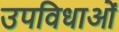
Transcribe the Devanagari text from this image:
उपविधाओं